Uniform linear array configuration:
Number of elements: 4
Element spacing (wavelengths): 0.25
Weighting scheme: hamming
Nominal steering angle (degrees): -15
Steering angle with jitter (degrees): -14.676
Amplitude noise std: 0.05
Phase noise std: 0.05

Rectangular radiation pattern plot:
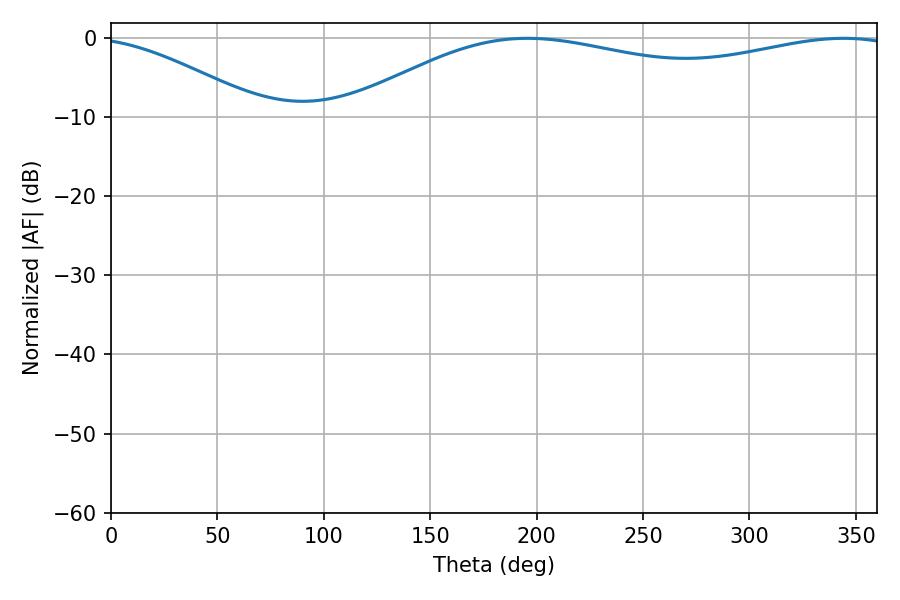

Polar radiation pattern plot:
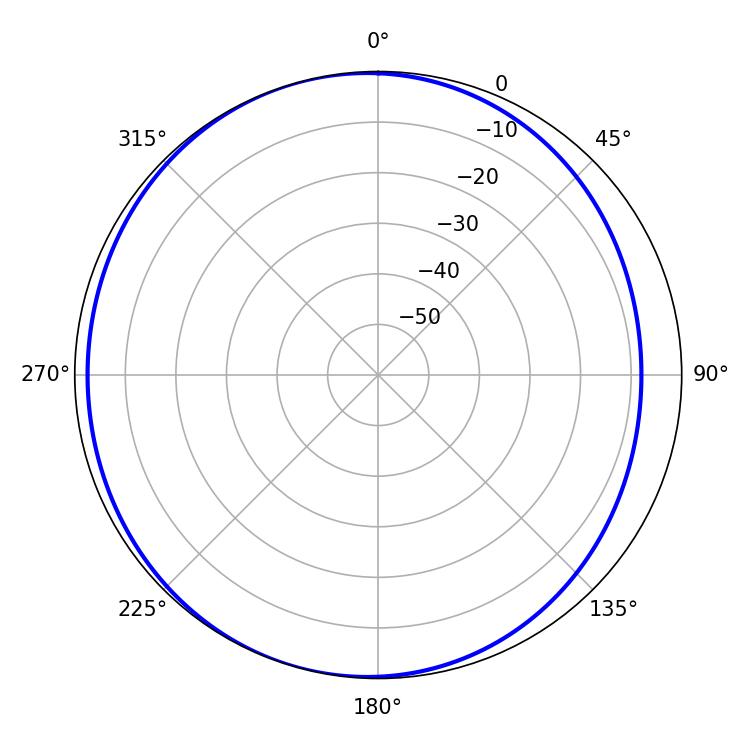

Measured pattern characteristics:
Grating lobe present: FALSE
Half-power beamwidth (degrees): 211.5
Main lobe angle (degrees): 195.66